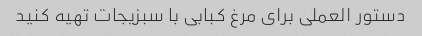
دستور العملی برای مرغ کبابی با سبزیجات تهیه کنید